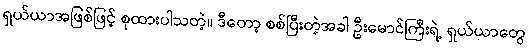
ရှယ်ယာအဖြစ်ဖြင့် စုထားပါသတဲ့။ ဒီတော့ စစ်ပြီးတဲ့အခါ ဦးမောင်ကြီးရဲ့ ရှယ်ယာတွေ